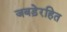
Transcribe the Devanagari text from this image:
जबड़ेरहित